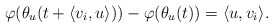
\begin{align*}\varphi(\theta_u(t+\langle v_i, u \rangle ))-\varphi(\theta_u(t)) = \langle u, v_i \rangle.\end{align*}